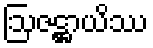
ဩဇဋ္ဌာယိဿ